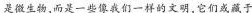
是微生物，而是一些像我们一样的文明，它们或藏于